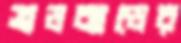
ব্রডব্যান্ডের